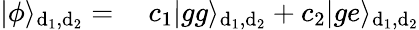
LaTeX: \begin{array}{rl}{|\phi\rangle_{\mathrm{d_{1},d_{2}}}=}&{{}~c_{1}|gg\rangle_{\mathrm{d_{1},d_{2}}}+c_{2}|ge\rangle_{\mathrm{d_{1},d_{2}}}}\end{array}